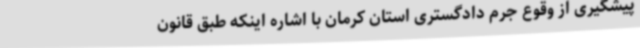
پیشگیری از وقوع جرم دادگستری استان کرمان با اشاره اینکه طبق قانون